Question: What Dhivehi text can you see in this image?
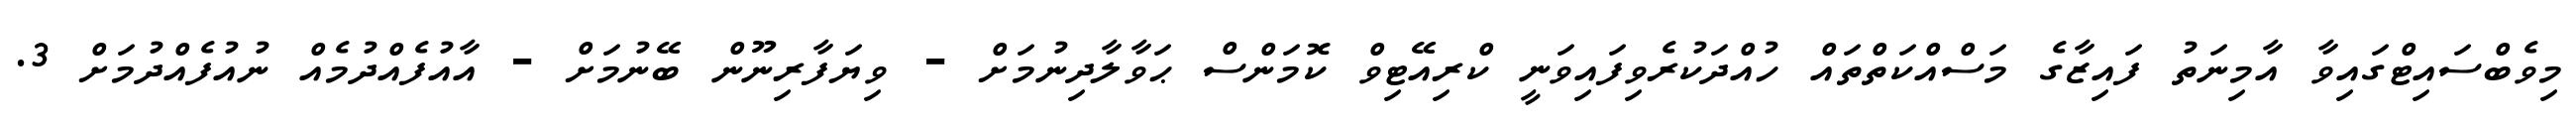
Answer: މިވެބްސައިޓްގައިވާ އާމިނަތު ފައިޒާގެ މަސްއްކަތްތައް ހުއްދަކުރެވިފައިވަނީ ކްރިއޭޓިވް ކޮމަންސް ޙަވާލާދިނުމަށް - ވިޔަފާރިނޫން ބޭނުމަށް - އާއުފެއްދުމެއް ނުއުފެއްދުމަށް 3.